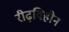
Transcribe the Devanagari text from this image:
रीढ़विहीन